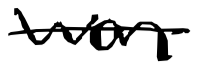
Text: won
Cross-out: single-line
Writing tool: digital_black